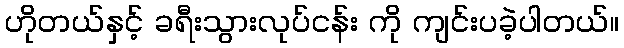
ဟိုတယ်နှင့် ခရီးသွားလုပ်ငန်း ကို ကျင်းပခဲ့ပါတယ်။